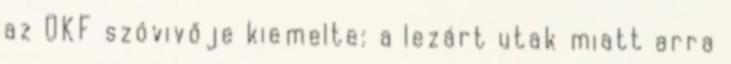
az OKF szóvivője kiemelte: a lezárt utak miatt arra